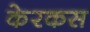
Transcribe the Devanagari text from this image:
केरकस